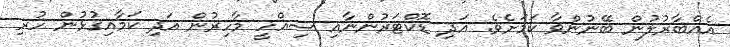
އެއްބާރުލުން ބޭނުންވާ ކަމަށެވެ. އަދި ޑޮކްޓަރުންނާއި ސިއްހީ މާހިރުން އަދި ކަމާއިގުޅުން ހުރި